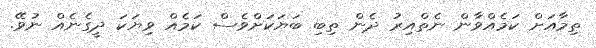
ތިމާއަށް ކަމެއްވާން ނެތްއިރު ދެން ތިބި ބަޔަކަށްވެސް ކަމެއް ވިޔަކަ ދީގެނެއް ނުވޭ.